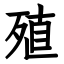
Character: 殖